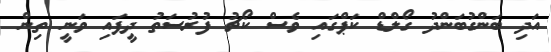
އަދި ބަންގުބަންދު ގޯލްޑް ކަޕްގައި ވެސް ކޯޗު ފުރުސަތު ދީފައި ވަނީ ތިން